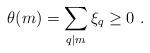
LaTeX: \begin{align*}\theta (m) =\sum_{q\mid m}\xi_q \ge 0\ . \end{align*}